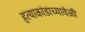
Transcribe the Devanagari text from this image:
हत्याकांडाच्यावेळी